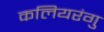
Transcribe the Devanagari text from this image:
कलियरंगु